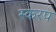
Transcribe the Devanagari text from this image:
स्करप